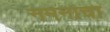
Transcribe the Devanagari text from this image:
नमनाचा